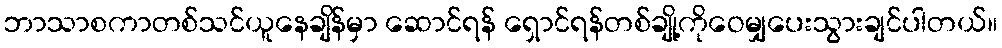
ဘာသာစကာတစ်သင်ယူနေချိန်မှာ ဆောင်ရန် ရှောင်ရန်တစ်ချို့ကိုဝေမျှပေးသွားချင်ပါတယ်။